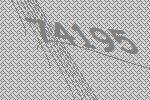
74195